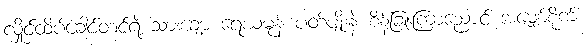
လှိုင်ထိပ်ခေါင်တင်ရဲ့ သားချော့ ရေယမုန် ပတ်ပျိုးနဲ့ စိန်ခြူးကြာညောင် အမျှော်စိုက်